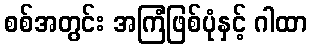
စစ်အတွင်း အကြံဖြစ်ပုံနှင့် ဂါထာ